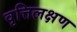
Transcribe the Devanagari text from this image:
वृत्तिलक्षण